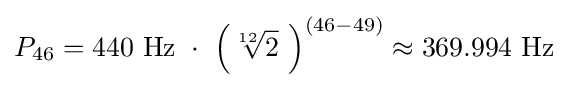
P_{46}=440\ {\text{Hz}}\ \cdot \ {\Bigl (}{\sqrt[{12}]{2}}\ {\Bigr )}^{(46-49)}\approx 369.994\ {\text{Hz}}\